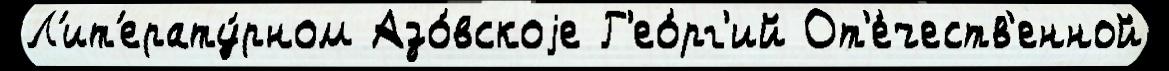
Л'ит'ерату́рном Азо́вскоjе Г'ео́рг'ий От'е́честв'енной